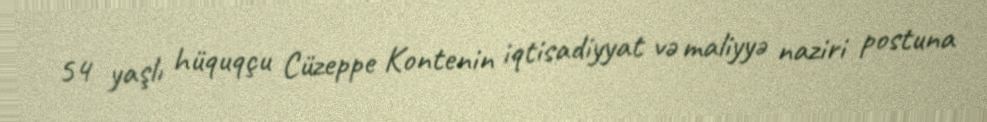
54 yaşlı hüquqçu Cüzeppe Kontenin iqtisadiyyat və maliyyə naziri postuna